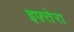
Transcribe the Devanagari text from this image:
इफ़्तेरा